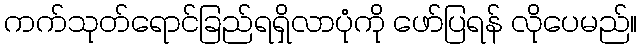
ကက်သုတ်ရောင်ခြည်ရရှိလာပုံကို ဖော်ပြရန် လိုပေမည်။